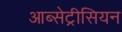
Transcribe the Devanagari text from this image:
आब्सेट्रीसियन